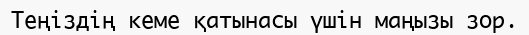
Теңіздің кеме қатынасы үшін маңызы зор.